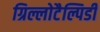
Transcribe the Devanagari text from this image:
ग्रिल्लोटैल्पिडी